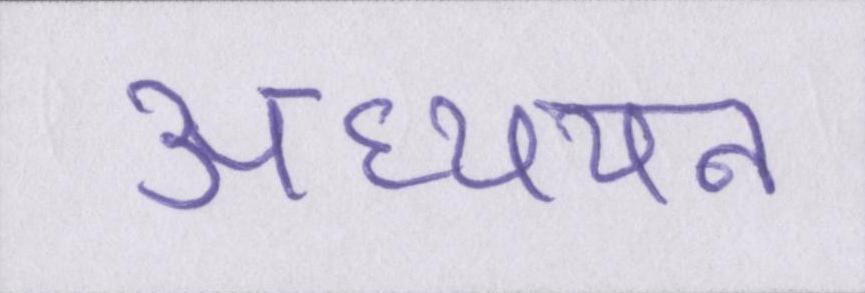
अध्ययन